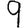
Digit: 9